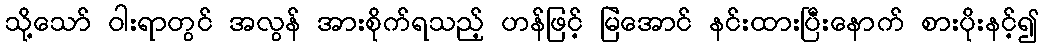
သို့သော် ဝါးရာတွင် အလွန် အားစိုက်ရသည့် ဟန်ဖြင့် မြဲအောင် နင်းထားပြီးနောက် စားပိုးနင့်၍